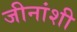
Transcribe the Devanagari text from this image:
जीनांशी